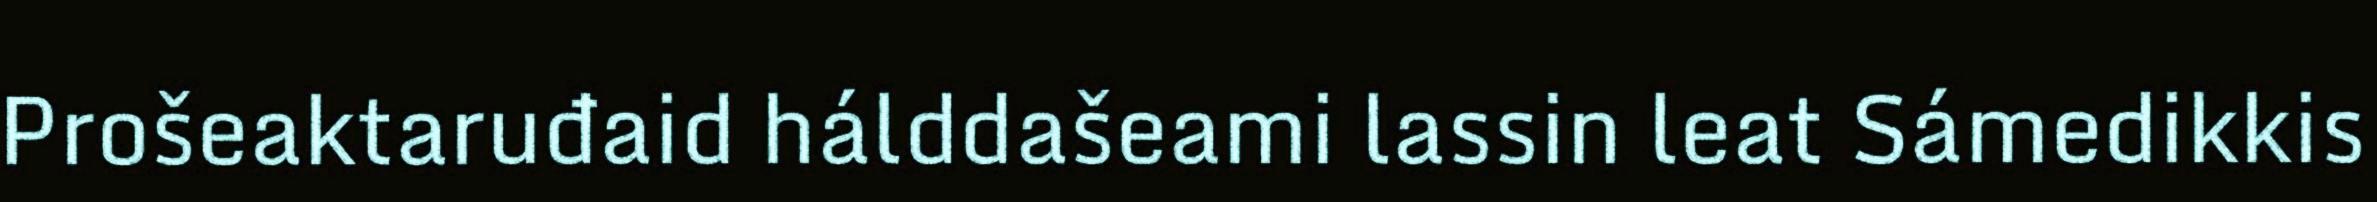
Prošeaktaruđaid hálddašeami lassin leat Sámedikkis